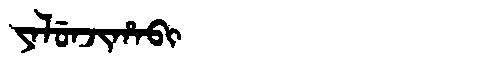
Manchu: ᠶᠠᠯᡠᠨᠵᡳᡥᠠᠪᡳ
Romanization: YALUNJIHABI